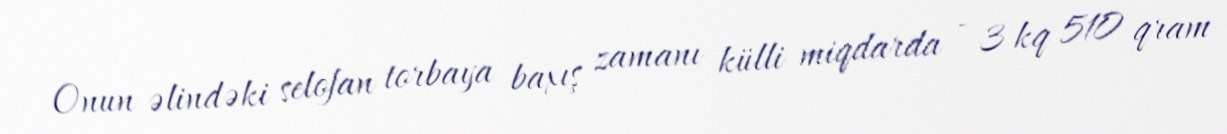
Onun əlindəki selofan torbaya baxış zamanı külli miqdarda - 3 kq 510 qram